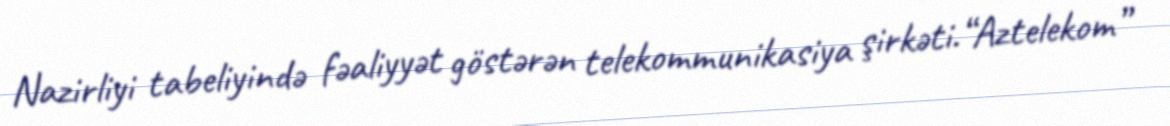
Nazirliyi tabeliyində fəaliyyət göstərən telekommunikasiya şirkəti.“Aztelekom”